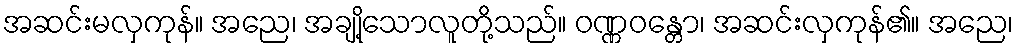
အဆင်းမလှကုန်။ အညေ၊ အချို့သောလူတို့သည်။ ဝဏ္ဏဝန္တော၊ အဆင်းလှကုန်၏။ အညေ၊